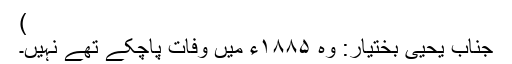
)
جناب یحییٰ بختیار: وہ ۱۸۸۵ء میں وفات پاچکے تھے نہیں۔